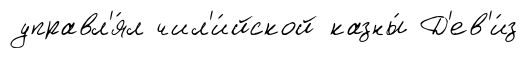
управл'я́л чил'и́йской казны́ Д'ев'и́з